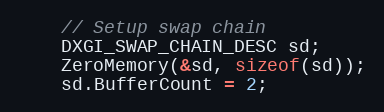
Language: C++
    // Setup swap chain
    DXGI_SWAP_CHAIN_DESC sd;
    ZeroMemory(&sd, sizeof(sd));
    sd.BufferCount = 2;